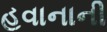
હવાનાની